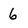
Character: 6